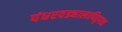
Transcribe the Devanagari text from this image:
पंधरवड्यालापितृपक्ष